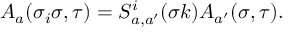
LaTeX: A _ { a } ( \sigma _ { i } \sigma , \tau ) = S _ { a , a ^ { \prime } } ^ { i } ( \sigma k ) A _ { a ^ { \prime } } ( \sigma , \tau ) .